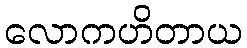
လောကဟိတာယ